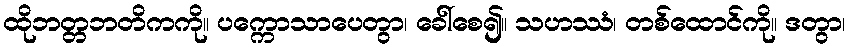
ထိုဘတ္တဘတိကကို။ ပက္ကောသာပေတွာ၊ ခေါ်စေ၍။ သဟဿံ၊ တစ်ထောင်ကို။ ဒတွာ၊